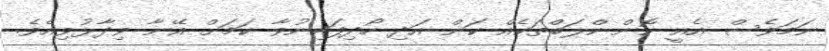
ނަމަވެސް އެއީ ކޮން ކްލަބްތަކެއް ކަން އަދި ހޯދިފައިނުވާ ކަމަށް އޭނާ ވިދާޅުވިއެވެ.